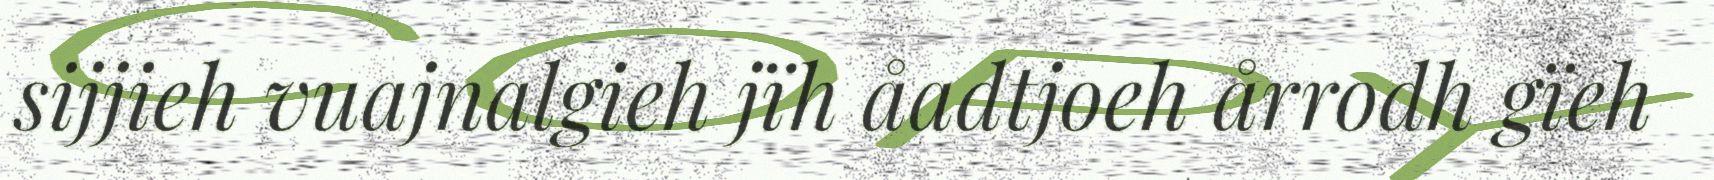
sijjieh vuajnalgieh jïh åadtjoeh årrodh gïeh